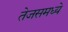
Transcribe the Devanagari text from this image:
तेजसमध्ये